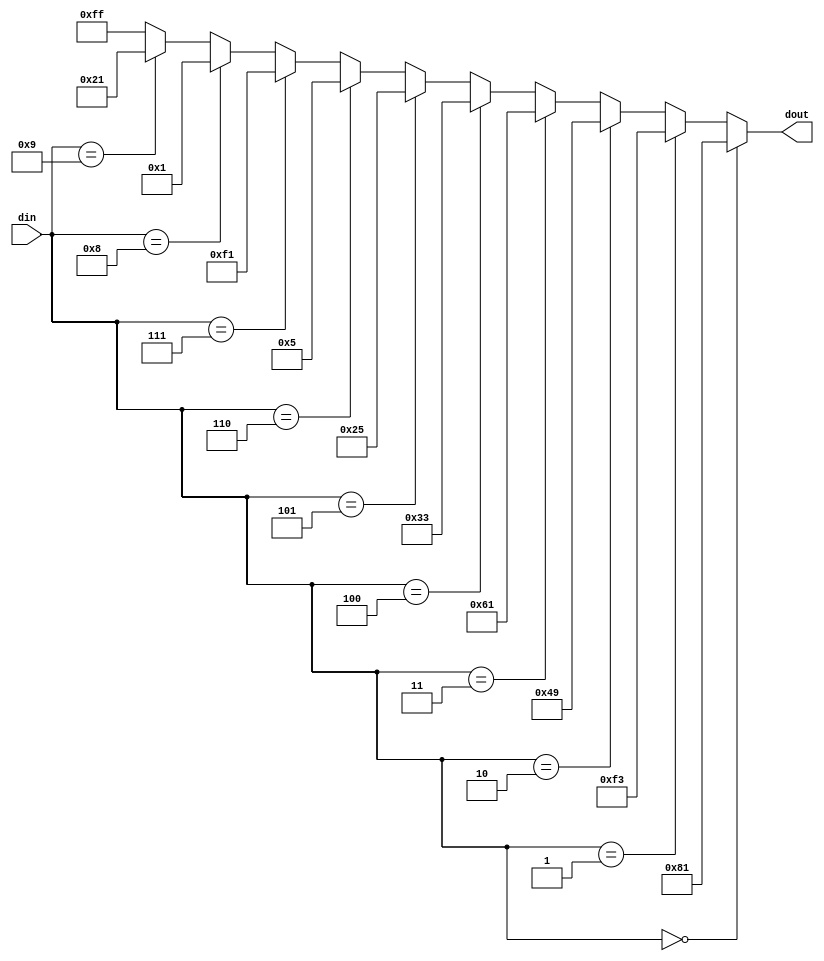
module BCD7(
	din,
	dout
);
input 	[3:0]	din;
output 	[7:0] 	dout;

wire [7:0] dout;

assign	dout=(din==4'h0)?8'b10000001:
             (din==4'h1)?8'b11110011:
             (din==4'h2)?8'b01001001:
             (din==4'h3)?8'b01100001:
             (din==4'h4)?8'b00110011:
             (din==4'h5)?8'b00100101:
             (din==4'h6)?8'b00000101:
             (din==4'h7)?8'b11110001:
             (din==4'h8)?8'b00000001:
             (din==4'h9)?8'b00100001:8'b11111111;
endmodule